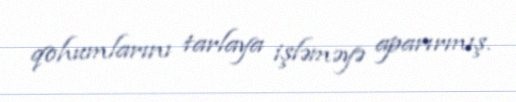
qohumlarını tarlaya işləməyə aparırmış.